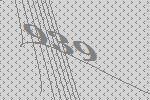
939